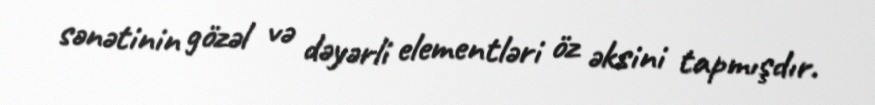
sənətinin gözəl və dəyərli elementləri öz əksini tapmışdır.